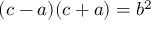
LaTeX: ( c - a ) ( c + a ) = b ^ { 2 }